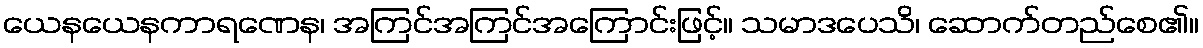
ယေနယေနကာရဏေန၊ အကြင်အကြင်အကြောင်းဖြင့်။ သမာဒပေသိ၊ ဆောက်တည်စေ၏။